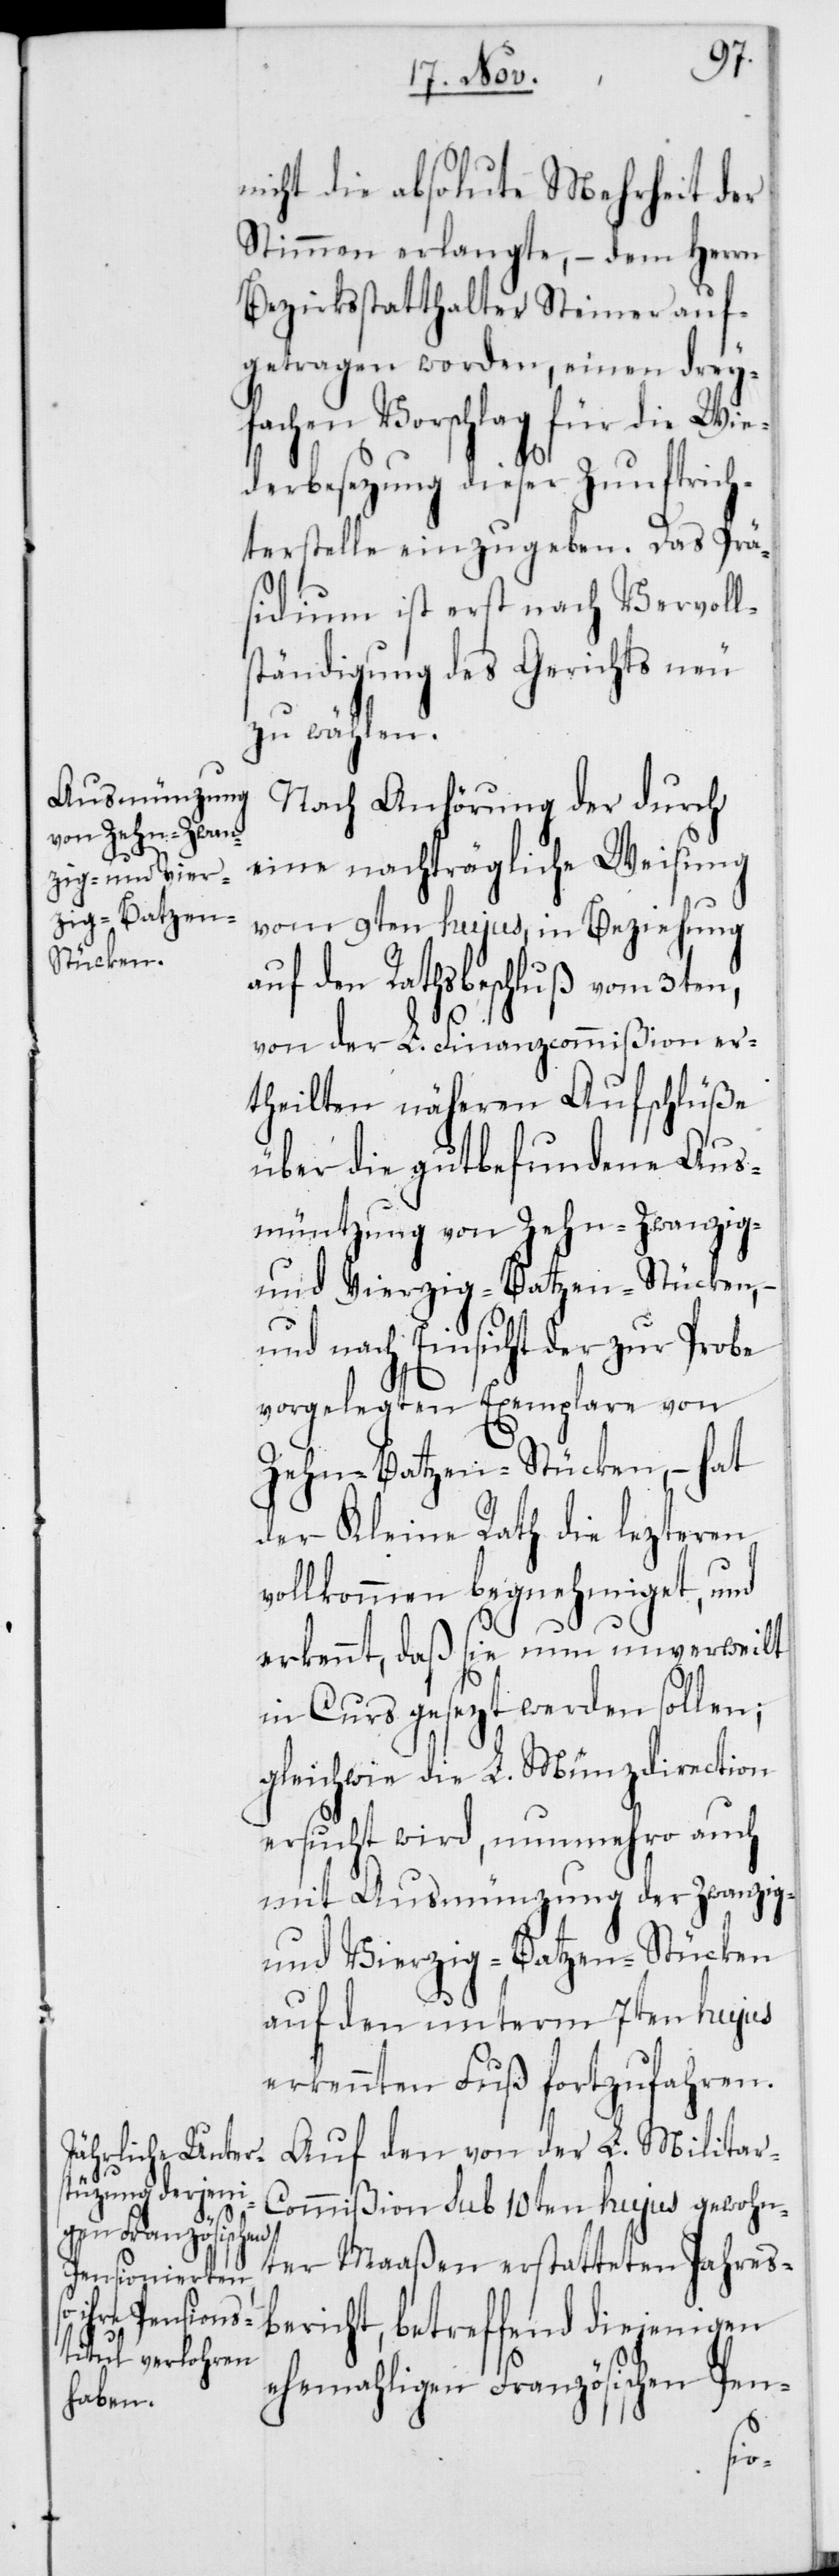
nicht die absolute Mehrheit der
Stimmen erlangte, – dem Herrn
Bezirksstatthalter Steiner auf¬
getragen worden, einen drey¬
fachen Vorschlag für die Wie¬
derbesetzung dieser Zunftrich¬
terstelle einzugeben. Das Prä¬
sidium ist erst nach Vervoll¬
ständigung des Gerichts neu
zu wählen.
Nach Anhörung der durch
eine nachträgliche Weisung
vom 9ten hujus, in Beziehung
auf den Rathsbeschluß vom 3ten,
von der L. Finanzcommißion er¬
theilten näheren Aufschlüße
über die gutbefundene Aus¬
müntzung von Zehn-[,] Zwanzig-
und Vierzig-Batzen-Stücken, –
und nach Einsicht der zur Probe
vorgelegten Exemplare von
Zehn-Batzen-Stücken, – hat
der Kleine Rath die lezteren
vollkommen begnehmiget, und
erkennt, daß sie nun unverweilt
in Curs gesezt werden sollen;
gleichwie die L. Münzdirection
ersucht wird, nunmehro auch
mit Ausmünzung der Zwanzig-
und Vierzig-Batzen-Stücken
auf den unterm 7ten hujus
erkennten Fuß fortzufahren.
Auf den von der L. Milita¬
r-Commißion sub 10ten hujus gewohn¬
ter Maaßen erstatteten Jahresb¬
ericht, betreffend diejenigen
ehemahligen Französischen Pen-